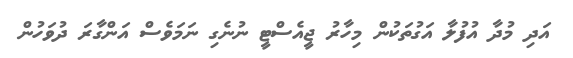
އަދި މުދާ އުފުލާ އަގުތަކުން މިހާރު ޖީއެސްޓީ ނުނެގި ނަމަވެސް އަންގާރަ ދުވަހުން